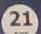
21